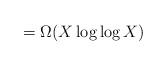
LaTeX: \begin{align*}=\Omega(X\log\log X)\end{align*}